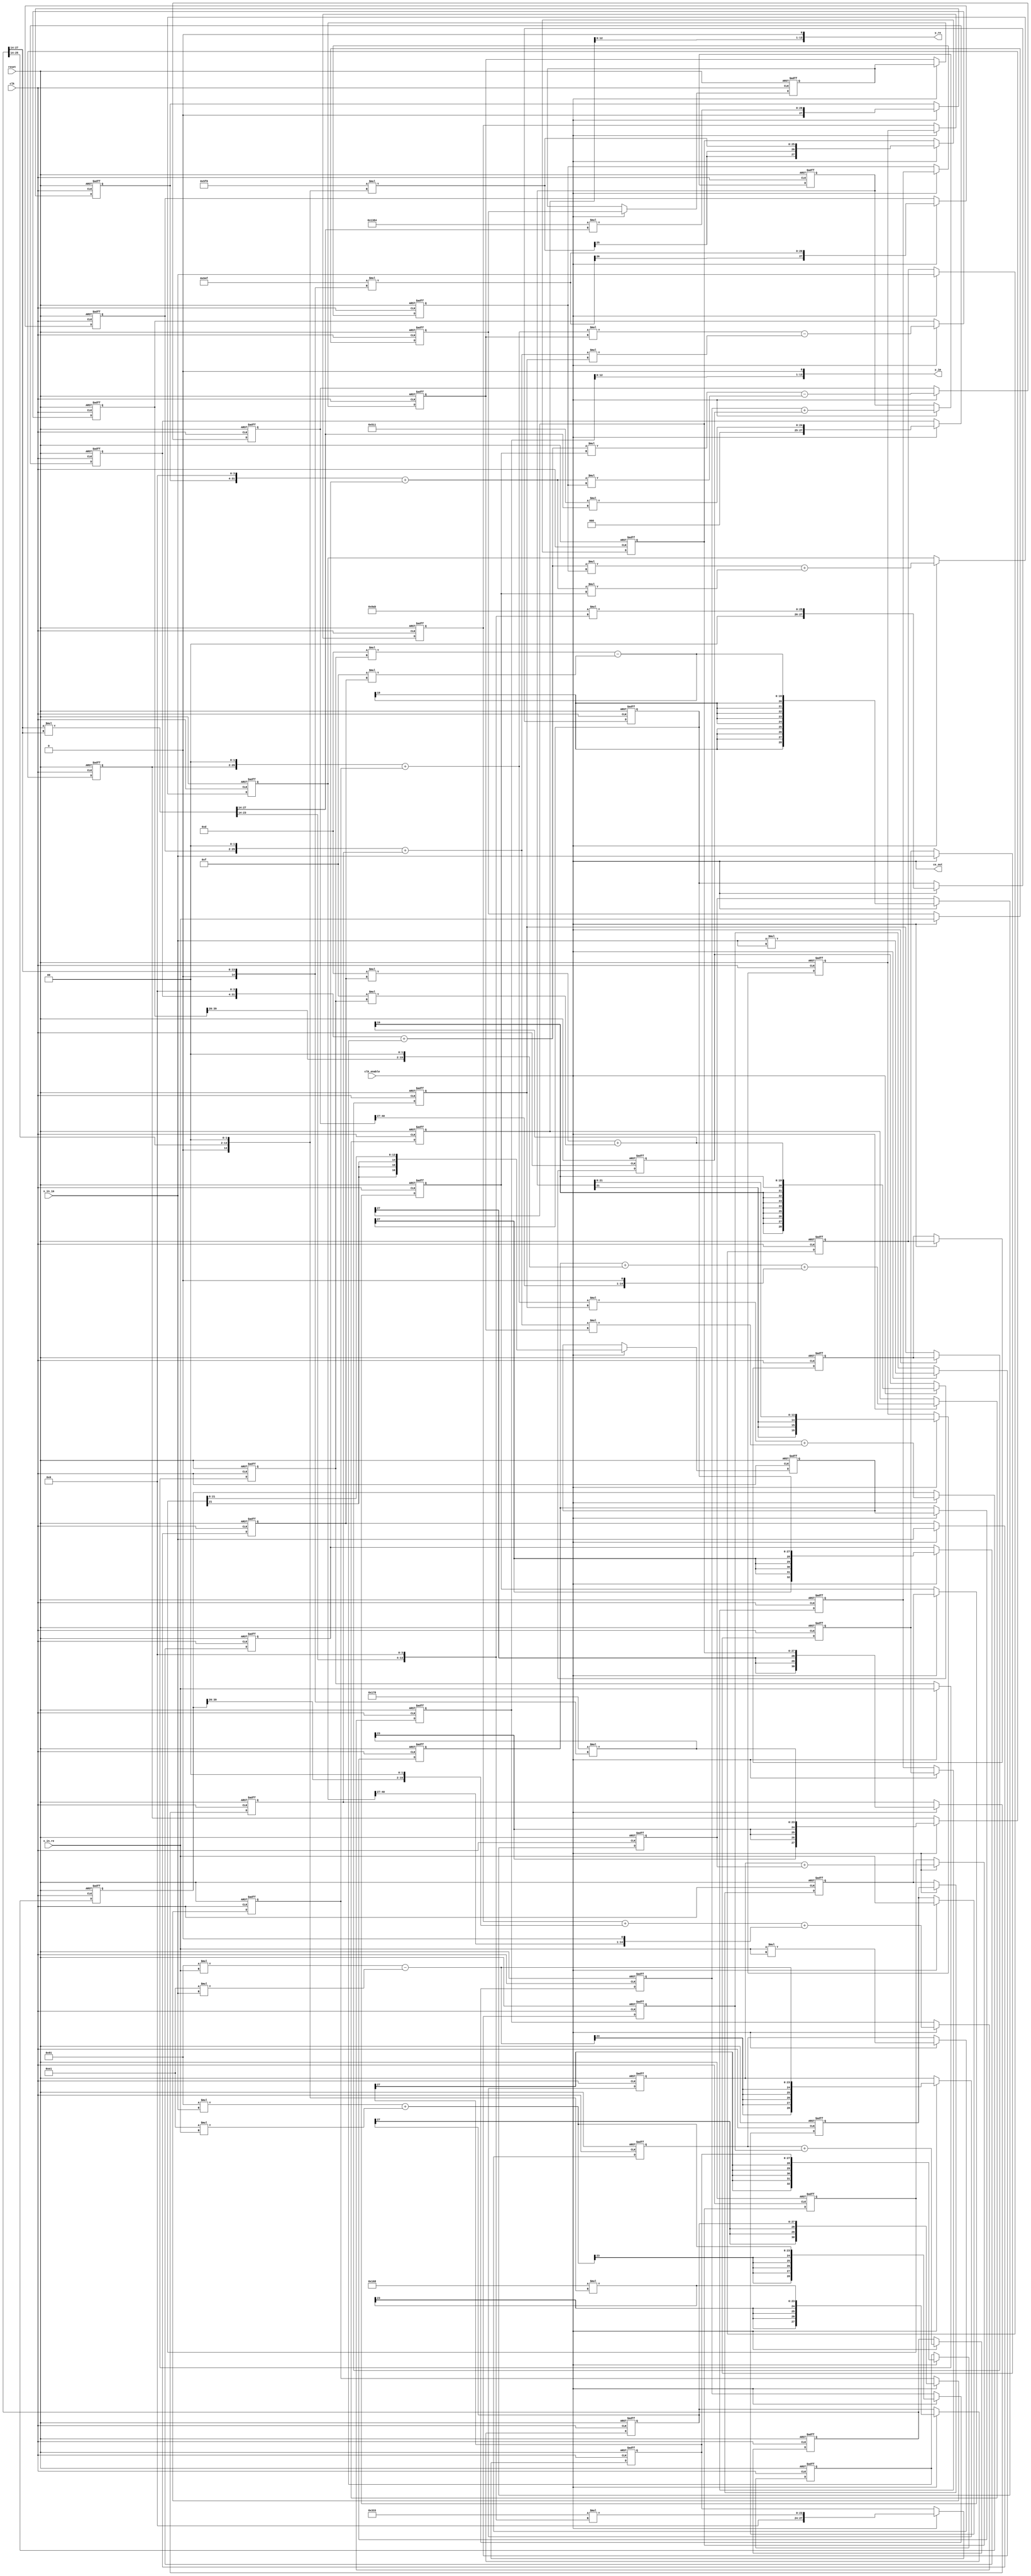
// -------------------------------------------------------------
// 
// 
// Generated by MATLAB 23.2, MATLAB Coder 23.2 and HDL Coder 23.2
// 
// 
// 
// -- -------------------------------------------------------------
// -- Rate and Clocking Details
// -- -------------------------------------------------------------
// Design base rate: 1
// 
// 
// Clock Enable  Sample Time
// -- -------------------------------------------------------------
// ce_out        1
// -- -------------------------------------------------------------
// 
// 
// Output Signal                 Clock Enable  Sample Time
// -- -------------------------------------------------------------
// y_re                          ce_out        1
// y_im                          ce_out        1
// -- -------------------------------------------------------------
// 
// -------------------------------------------------------------


// -------------------------------------------------------------
// 
// Module: Horner_memory_opt_fixpt
// Source Path: Horner_memory_opt_fixpt
// Hierarchy Level: 0
// 
// -------------------------------------------------------------

`timescale 1 ns / 1 ns

module Horner_memory_opt
          (clk,
           reset,
           clk_enable,
           x_in_re,
           x_in_im,
           ce_out,
           y_re,
           y_im);


  input   clk;
  input   reset;
  input   clk_enable;
  input   signed [13:0] x_in_re;  // sfix14_En14
  input   signed [13:0] x_in_im;  // sfix14_En14
  output  ce_out;
  output  signed [13:0] y_re;  // sfix14_En11
  output  signed [13:0] y_im;  // sfix14_En11


  wire enb;
  wire signed [13:0] br;  // sfix14_En14
  wire signed [13:0] bi;  // sfix14_En14
  wire signed [27:0] pr1;  // sfix28_En18
  wire signed [28:0] pr1in;  // sfix29_En18
  wire signed [27:0] pr2;  // sfix28_En18
  wire signed [28:0] pr2in;  // sfix29_En18
  wire signed [28:0] pre;  // sfix29_En18
  wire signed [27:0] pi1;  // sfix28_En18
  wire signed [28:0] pi1in;  // sfix29_En18
  wire signed [27:0] pi2;  // sfix28_En18
  wire signed [28:0] pi2in;  // sfix29_En18
  wire signed [28:0] pim;  // sfix29_En18
  wire signed [28:0] tmp_re;  // sfix29_En18
  wire signed [28:0] tmp_im;  // sfix29_En18
  reg signed [28:0] tmp_re_1;  // sfix29_En18
  reg signed [28:0] tmp_im_1;  // sfix29_En18
  wire signed [29:0] tmp_re_2;  // sfix30_En18
  wire signed [29:0] tmp_im_2;  // sfix30_En18
  reg signed [13:0] in2_re;  // sfix14_En14
  reg signed [13:0] in2_im;  // sfix14_En14
  wire signed [13:0] br_1;  // sfix14_En14
  wire signed [13:0] bi_1;  // sfix14_En14
  wire signed [27:0] pr1_1;  // sfix28_En18
  wire signed [28:0] pr1in_1;  // sfix29_En18
  wire signed [27:0] pr2_1;  // sfix28_En18
  wire signed [28:0] pr2in_1;  // sfix29_En18
  wire signed [28:0] pre_1;  // sfix29_En18
  wire signed [27:0] pi1_1;  // sfix28_En18
  wire signed [28:0] pi1in_1;  // sfix29_En18
  wire signed [27:0] pi2_1;  // sfix28_En18
  wire signed [28:0] pi2in_1;  // sfix29_En18
  wire signed [28:0] pim_1;  // sfix29_En18
  wire signed [28:0] tmp_re_3;  // sfix29_En18
  wire signed [28:0] tmp_im_3;  // sfix29_En18
  reg signed [28:0] tmp_re_4;  // sfix29_En18
  reg signed [28:0] tmp_im_4;  // sfix29_En18
  wire signed [29:0] tmp_re_5;  // sfix30_En18
  wire signed [29:0] tmp_im_5;  // sfix30_En18
  wire signed [29:0] tmp_re_6;  // sfix30_En18
  wire signed [29:0] tmp_im_6;  // sfix30_En18
  reg signed [29:0] tmp_re_7;  // sfix30_En18
  reg signed [29:0] tmp_im_7;  // sfix30_En18
  wire signed [13:0] tmp_re_8;  // sfix14_En10
  wire signed [13:0] tmp_im_8;  // sfix14_En10
  wire signed [16:0] tmp_re_9;  // sfix17_En10
  wire signed [16:0] tmp_im_9;  // sfix17_En10
  reg signed [16:0] delayMatch_reg_re [0:1];  // sfix17_En10 [2]
  reg signed [16:0] delayMatch_reg_im [0:1];  // sfix17_En10 [2]
  wire signed [16:0] delayMatch_reg_next_re [0:1];  // sfix17_En10 [2]
  wire signed [16:0] delayMatch_reg_next_im [0:1];  // sfix17_En10 [2]
  wire signed [16:0] tmp_re_10;  // sfix17_En10
  wire signed [16:0] tmp_im_10;  // sfix17_En10
  wire signed [13:0] a;  // sfix14_En14
  wire signed [27:0] tmp;  // sfix28_En28
  wire signed [13:0] a_1;  // sfix14_En14
  wire signed [27:0] tmp_1;  // sfix28_En28
  reg signed [27:0] tmp_2;  // sfix28_En28
  wire signed [28:0] tmp_3;  // sfix29_En28
  reg signed [27:0] tmp_4;  // sfix28_En28
  wire signed [28:0] tmp_5;  // sfix29_En28
  wire signed [28:0] tmp_6;  // sfix29_En28
  reg signed [28:0] tmp_7;  // sfix29_En28
  wire [13:0] tmp_8;  // ufix14_En14
  wire signed [27:0] cr;  // sfix28_En18
  wire signed [14:0] p130cr_cast;  // sfix15_En14
  wire signed [28:0] p130cr_mul_temp;  // sfix29_En18
  wire signed [27:0] ci;  // sfix28_En18
  wire signed [14:0] p131ci_cast;  // sfix15_En14
  wire signed [28:0] p131ci_mul_temp;  // sfix29_En18
  wire signed [27:0] tmp_re_11;  // sfix28_En18
  wire signed [27:0] tmp_im_11;  // sfix28_En18
  reg signed [27:0] tmp_re_12;  // sfix28_En18
  reg signed [27:0] tmp_im_12;  // sfix28_En18
  wire signed [30:0] tmp_re_13;  // sfix31_En20
  wire signed [30:0] tmp_im_13;  // sfix31_En20
  wire [13:0] pa2;  // ufix14_En16
  wire signed [27:0] cr_1;  // sfix28_En20
  wire signed [14:0] p133cr_cast;  // sfix15_En16
  wire signed [28:0] p133cr_mul_temp;  // sfix29_En20
  wire signed [27:0] ci_1;  // sfix28_En20
  wire signed [14:0] p135ci_cast;  // sfix15_En16
  wire signed [28:0] p135ci_mul_temp;  // sfix29_En20
  wire signed [27:0] tmp_re_14;  // sfix28_En20
  wire signed [27:0] tmp_im_14;  // sfix28_En20
  reg signed [27:0] tmp_re_15;  // sfix28_En20
  reg signed [27:0] tmp_im_15;  // sfix28_En20
  wire signed [30:0] tmp_re_16;  // sfix31_En20
  wire signed [30:0] tmp_im_16;  // sfix31_En20
  reg signed [30:0] tmp_re_17;  // sfix31_En20
  reg signed [30:0] tmp_im_17;  // sfix31_En20
  wire signed [30:0] tmp_re_18;  // sfix31_En20
  wire signed [30:0] tmp_im_18;  // sfix31_En20
  wire signed [30:0] ar;  // sfix31_En20
  wire signed [13:0] br_2;  // sfix14_En14
  reg signed [13:0] reduced_reg [0:2];  // sfix14 [3]
  reg signed [13:0] reduced_reg_next [0:2];  // sfix14_En14 [3]
  reg signed [13:0] br_3;  // sfix14_En14
  wire signed [30:0] ai;  // sfix31_En20
  wire signed [13:0] bi_2;  // sfix14_En14
  reg signed [13:0] reduced_reg_1 [0:2];  // sfix14 [3]
  reg signed [13:0] reduced_reg_next_1 [0:2];  // sfix14_En14 [3]
  reg signed [13:0] bi_3;  // sfix14_En14
  wire signed [44:0] pr1_2;  // sfix45_En34
  wire signed [45:0] pr1in_2;  // sfix46_En34
  wire signed [44:0] pr2_2;  // sfix45_En34
  wire signed [45:0] pr2in_2;  // sfix46_En34
  wire signed [45:0] pre_2;  // sfix46_En34
  wire signed [44:0] pi1_2;  // sfix45_En34
  wire signed [45:0] pi1in_2;  // sfix46_En34
  wire signed [44:0] pi2_2;  // sfix45_En34
  wire signed [45:0] pi2in_2;  // sfix46_En34
  wire signed [45:0] pim_2;  // sfix46_En34
  wire signed [45:0] tmp_re_19;  // sfix46_En34
  wire signed [45:0] tmp_im_19;  // sfix46_En34
  reg signed [45:0] tmp_re_20;  // sfix46_En34
  reg signed [45:0] tmp_im_20;  // sfix46_En34
  wire signed [13:0] tmp_re_21;  // sfix14_En8
  wire signed [13:0] tmp_im_21;  // sfix14_En8
  wire signed [16:0] tmp_re_22;  // sfix17_En10
  wire signed [16:0] tmp_im_22;  // sfix17_En10
  wire signed [16:0] tmp_re_23;  // sfix17_En10
  wire signed [16:0] tmp_im_23;  // sfix17_En10
  wire signed [17:0] tmp_re_24;  // sfix18_En10
  wire signed [17:0] tmp_im_24;  // sfix18_En10
  wire [27:0] tmp_9;  // ufix28_En28
  wire [13:0] tmp_10;  // ufix14_En14
  wire signed [27:0] cr_2;  // sfix28_En18
  wire signed [14:0] p146cr_cast;  // sfix15_En14
  wire signed [28:0] p146cr_mul_temp;  // sfix29_En18
  wire signed [27:0] ci_2;  // sfix28_En18
  wire signed [14:0] p147ci_cast;  // sfix15_En14
  wire signed [28:0] p147ci_mul_temp;  // sfix29_En18
  wire signed [27:0] tmp_re_25;  // sfix28_En18
  wire signed [27:0] tmp_im_25;  // sfix28_En18
  reg signed [27:0] tmp_re_26;  // sfix28_En18
  reg signed [27:0] tmp_im_26;  // sfix28_En18
  wire signed [32:0] tmp_re_27;  // sfix33_En22
  wire signed [32:0] tmp_im_27;  // sfix33_En22
  wire [13:0] pb2;  // ufix14_En18
  wire signed [27:0] cr_3;  // sfix28_En22
  wire signed [14:0] p149cr_cast;  // sfix15_En18
  wire signed [28:0] p149cr_mul_temp;  // sfix29_En22
  wire signed [27:0] ci_3;  // sfix28_En22
  wire signed [14:0] p151ci_cast;  // sfix15_En18
  wire signed [28:0] p151ci_mul_temp;  // sfix29_En22
  wire signed [27:0] tmp_re_28;  // sfix28_En22
  wire signed [27:0] tmp_im_28;  // sfix28_En22
  reg signed [27:0] tmp_re_29;  // sfix28_En22
  reg signed [27:0] tmp_im_29;  // sfix28_En22
  wire signed [32:0] tmp_re_30;  // sfix33_En22
  wire signed [32:0] tmp_im_30;  // sfix33_En22
  reg signed [32:0] tmp_re_31;  // sfix33_En22
  reg signed [32:0] tmp_im_31;  // sfix33_En22
  wire signed [32:0] tmp_re_32;  // sfix33_En22
  wire signed [32:0] tmp_im_32;  // sfix33_En22
  wire signed [32:0] ar_1;  // sfix33_En22
  wire signed [13:0] br_4;  // sfix14_En14
  reg signed [13:0] reduced_reg_2 [0:2];  // sfix14 [3]
  reg signed [13:0] reduced_reg_next_2 [0:2];  // sfix14_En14 [3]
  reg signed [13:0] br_5;  // sfix14_En14
  wire signed [32:0] ai_1;  // sfix33_En22
  wire signed [13:0] bi_4;  // sfix14_En14
  reg signed [13:0] reduced_reg_3 [0:2];  // sfix14 [3]
  reg signed [13:0] reduced_reg_next_3 [0:2];  // sfix14_En14 [3]
  reg signed [13:0] bi_5;  // sfix14_En14
  wire signed [46:0] pr1_3;  // sfix47_En36
  wire signed [47:0] pr1in_3;  // sfix48_En36
  wire signed [46:0] pr2_3;  // sfix47_En36
  wire signed [47:0] pr2in_3;  // sfix48_En36
  wire signed [47:0] pre_3;  // sfix48_En36
  wire signed [46:0] pi1_3;  // sfix47_En36
  wire signed [47:0] pi1in_3;  // sfix48_En36
  wire signed [46:0] pi2_3;  // sfix47_En36
  wire signed [47:0] pi2in_3;  // sfix48_En36
  wire signed [47:0] pim_3;  // sfix48_En36
  wire signed [47:0] tmp_re_33;  // sfix48_En36
  wire signed [47:0] tmp_im_33;  // sfix48_En36
  reg signed [47:0] tmp_re_34;  // sfix48_En36
  reg signed [47:0] tmp_im_34;  // sfix48_En36
  wire signed [13:0] tmp_re_35;  // sfix14_En9
  wire signed [13:0] tmp_im_35;  // sfix14_En9
  wire signed [17:0] tmp_re_36;  // sfix18_En10
  wire signed [17:0] tmp_im_36;  // sfix18_En10
  wire signed [17:0] tmp_re_37;  // sfix18_En10
  wire signed [17:0] tmp_im_37;  // sfix18_En10
  reg signed [17:0] tmp_re_38;  // sfix18_En10
  reg signed [17:0] tmp_im_38;  // sfix18_En10
  reg signed [31:0] delayMatch_t_0_0;  // int32
  reg signed [31:0] reduced_t_0_0;  // int32
  reg signed [31:0] reduced_t_0_1;  // int32
  reg signed [31:0] reduced_t_0_01;  // int32
  reg signed [31:0] reduced_t_0_02;  // int32
  reg signed [31:0] reduced_t_0_1_1;  // int32
  reg signed [31:0] reduced_t_0_03;  // int32
  reg signed [31:0] reduced_t_0_1_2;  // int32


  // memory polynomial
  assign br = x_in_re;



  assign bi = x_in_im;



  assign pr1 = 14'sb11111110010001 * br;



  assign pr1in = {pr1[27], pr1};



  assign pr2 = 14'sb00000011100001 * bi;



  assign pr2in = {pr2[27], pr2};



  assign pre = pr1in - pr2in;



  assign pi1 = 14'sb11111110010001 * bi;



  assign pi1in = {pi1[27], pi1};



  assign pi2 = 14'sb00000011100001 * br;



  assign pi2in = {pi2[27], pi2};



  assign pim = pi1in + pi2in;



  assign tmp_re = pre;
  assign tmp_im = pim;



  assign enb = clk_enable;

  always @(posedge clk or posedge reset)
    begin : buff_out_pipe_process
      if (reset == 1'b1) begin
        tmp_re_1 <= 29'sb00000000000000000000000000000;
        tmp_im_1 <= 29'sb00000000000000000000000000000;
      end
      else begin
        if (enb) begin
          tmp_re_1 <= tmp_re;
          tmp_im_1 <= tmp_im;
        end
      end
    end



  assign tmp_re_2 = {tmp_re_1[28], tmp_re_1};
  assign tmp_im_2 = {tmp_im_1[28], tmp_im_1};



  always @(posedge clk or posedge reset)
    begin : in2_reg_process
      if (reset == 1'b1) begin
        in2_re <= 14'sb00000000000000;
        in2_im <= 14'sb00000000000000;
      end
      else begin
        if (enb) begin
          in2_re <= x_in_re;
          in2_im <= x_in_im;
        end
      end
    end



  assign br_1 = in2_re;



  assign bi_1 = in2_im;



  assign pr1_1 = 14'sb00000000001101 * br_1;



  assign pr1in_1 = {pr1_1[27], pr1_1};



  assign pr2_1 = 14'sb00000000001111 * bi_1;



  assign pr2in_1 = {pr2_1[27], pr2_1};



  assign pre_1 = pr1in_1 - pr2in_1;



  assign pi1_1 = 14'sb00000000001101 * bi_1;



  assign pi1in_1 = {pi1_1[27], pi1_1};



  assign pi2_1 = 14'sb00000000001111 * br_1;



  assign pi2in_1 = {pi2_1[27], pi2_1};



  assign pim_1 = pi1in_1 + pi2in_1;



  assign tmp_re_3 = pre_1;
  assign tmp_im_3 = pim_1;



  always @(posedge clk or posedge reset)
    begin : buff_out_pipe_1_process
      if (reset == 1'b1) begin
        tmp_re_4 <= 29'sb00000000000000000000000000000;
        tmp_im_4 <= 29'sb00000000000000000000000000000;
      end
      else begin
        if (enb) begin
          tmp_re_4 <= tmp_re_3;
          tmp_im_4 <= tmp_im_3;
        end
      end
    end



  assign tmp_re_5 = {tmp_re_4[28], tmp_re_4};
  assign tmp_im_5 = {tmp_im_4[28], tmp_im_4};



  assign tmp_re_6 = tmp_re_2 + tmp_re_5;
  assign tmp_im_6 = tmp_im_2 + tmp_im_5;



  always @(posedge clk or posedge reset)
    begin : buff_out_pipe_2_process
      if (reset == 1'b1) begin
        tmp_re_7 <= 30'sb000000000000000000000000000000;
        tmp_im_7 <= 30'sb000000000000000000000000000000;
      end
      else begin
        if (enb) begin
          tmp_re_7 <= tmp_re_6;
          tmp_im_7 <= tmp_im_6;
        end
      end
    end



  assign tmp_re_8 = tmp_re_7[21:8];
  assign tmp_im_8 = tmp_im_7[21:8];



  // output
  assign tmp_re_9 = {{3{tmp_re_8[13]}}, tmp_re_8};
  assign tmp_im_9 = {{3{tmp_im_8[13]}}, tmp_im_8};



  always @(posedge clk or posedge reset)
    begin : delayMatch_process
      if (reset == 1'b1) begin
        delayMatch_reg_re[0] <= 17'sb00000000000000000;
        delayMatch_reg_im[0] <= 17'sb00000000000000000;
        delayMatch_reg_re[1] <= 17'sb00000000000000000;
        delayMatch_reg_im[1] <= 17'sb00000000000000000;
      end
      else begin
        if (enb) begin
          for(delayMatch_t_0_0 = 32'sd0; delayMatch_t_0_0 <= 32'sd1; delayMatch_t_0_0 = delayMatch_t_0_0 + 32'sd1) begin
            delayMatch_reg_re[delayMatch_t_0_0] <= delayMatch_reg_next_re[delayMatch_t_0_0];
            delayMatch_reg_im[delayMatch_t_0_0] <= delayMatch_reg_next_im[delayMatch_t_0_0];
          end
        end
      end
    end

  assign tmp_re_10 = delayMatch_reg_re[1];
  assign tmp_im_10 = delayMatch_reg_im[1];
  assign delayMatch_reg_next_re[0] = tmp_re_9;
  assign delayMatch_reg_next_im[0] = tmp_im_9;
  assign delayMatch_reg_next_re[1] = delayMatch_reg_re[0];
  assign delayMatch_reg_next_im[1] = delayMatch_reg_im[0];



  // HDL code generation from MATLAB function: Horner_memory_opt_fixpt
  // %%%%%%%%%%%%%%%%%%%%%%%%%%%%%%%%%%%%%%%%%%%%%%%%%%%%%%%%%%%%%%%%%%%%%%%%%%%
  //                                                                          %
  //          Generated by MATLAB 23.2 and Fixed-Point Designer 23.2          %
  //                                                                          %
  // %%%%%%%%%%%%%%%%%%%%%%%%%%%%%%%%%%%%%%%%%%%%%%%%%%%%%%%%%%%%%%%%%%%%%%%%%%%
  // Memory Polynomial Model
  // x_in: Input signal array of length N
  // coefficients: KxM matrix of coefficients
  // M: Memory depth
  // K: Non-linearity order
  // 
  // coefficient matrix
  // 
  // persistent mk1 mk2 mk3 for delay
  // module
  assign a = x_in_re;



  assign tmp = a * a;



  assign a_1 = x_in_im;



  assign tmp_1 = a_1 * a_1;



  always @(posedge clk or posedge reset)
    begin : p108tmp_outbuff_out_pipe_process
      if (reset == 1'b1) begin
        tmp_2 <= 28'sb0000000000000000000000000000;
      end
      else begin
        if (enb) begin
          tmp_2 <= tmp;
        end
      end
    end



  assign tmp_3 = {tmp_2[27], tmp_2};



  always @(posedge clk or posedge reset)
    begin : p109tmp_outbuff_out_pipe_process
      if (reset == 1'b1) begin
        tmp_4 <= 28'sb0000000000000000000000000000;
      end
      else begin
        if (enb) begin
          tmp_4 <= tmp_1;
        end
      end
    end



  assign tmp_5 = {tmp_4[27], tmp_4};



  assign tmp_6 = tmp_3 + tmp_5;



  always @(posedge clk or posedge reset)
    begin : buff_out_pipe_3_process
      if (reset == 1'b1) begin
        tmp_7 <= 29'sb00000000000000000000000000000;
      end
      else begin
        if (enb) begin
          tmp_7 <= tmp_6;
        end
      end
    end



  assign tmp_8 = tmp_7[27:14];



  assign p130cr_cast = {1'b0, tmp_8};
  assign p130cr_mul_temp = 14'sb11111101111000 * p130cr_cast;
  assign cr = p130cr_mul_temp[27:0];



  assign p131ci_cast = {1'b0, tmp_8};
  assign p131ci_mul_temp = 14'sb11100101001111 * p131ci_cast;
  assign ci = p131ci_mul_temp[27:0];



  assign tmp_re_11 = cr;
  assign tmp_im_11 = ci;



  always @(posedge clk or posedge reset)
    begin : buff_out_pipe_4_process
      if (reset == 1'b1) begin
        tmp_re_12 <= 28'sb0000000000000000000000000000;
        tmp_im_12 <= 28'sb0000000000000000000000000000;
      end
      else begin
        if (enb) begin
          tmp_re_12 <= tmp_re_11;
          tmp_im_12 <= tmp_im_11;
        end
      end
    end



  assign tmp_re_13 = {tmp_re_12[27], {tmp_re_12, 2'b00}};
  assign tmp_im_13 = {tmp_im_12[27], {tmp_im_12, 2'b00}};



  // update inpout reg
  // update persistent; M = 2, no need to use persistent for px2 and in2
  assign pa2 = {tmp_8[11:0], 2'b00};



  assign p133cr_cast = {1'b0, pa2};
  assign p133cr_mul_temp = 14'sb11111101101000 * p133cr_cast;
  assign cr_1 = p133cr_mul_temp[27:0];



  assign p135ci_cast = {1'b0, pa2};
  assign p135ci_mul_temp = 14'sb11110111111000 * p135ci_cast;
  assign ci_1 = p135ci_mul_temp[27:0];



  assign tmp_re_14 = cr_1;
  assign tmp_im_14 = ci_1;



  always @(posedge clk or posedge reset)
    begin : buff_out_pipe_5_process
      if (reset == 1'b1) begin
        tmp_re_15 <= 28'sb0000000000000000000000000000;
        tmp_im_15 <= 28'sb0000000000000000000000000000;
      end
      else begin
        if (enb) begin
          tmp_re_15 <= tmp_re_14;
          tmp_im_15 <= tmp_im_14;
        end
      end
    end



  assign tmp_re_16 = {{3{tmp_re_15[27]}}, tmp_re_15};
  assign tmp_im_16 = {{3{tmp_im_15[27]}}, tmp_im_15};



  always @(posedge clk or posedge reset)
    begin : delayMatch_1_process
      if (reset == 1'b1) begin
        tmp_re_17 <= 31'sb0000000000000000000000000000000;
        tmp_im_17 <= 31'sb0000000000000000000000000000000;
      end
      else begin
        if (enb) begin
          tmp_re_17 <= tmp_re_16;
          tmp_im_17 <= tmp_im_16;
        end
      end
    end



  assign tmp_re_18 = tmp_re_13 + tmp_re_17;
  assign tmp_im_18 = tmp_im_13 + tmp_im_17;



  assign ar = tmp_re_18;



  assign br_2 = x_in_re;



  always @(posedge clk or posedge reset)
    begin : reduced_process
      if (reset == 1'b1) begin
        reduced_reg[0] <= 14'sb00000000000000;
        reduced_reg[1] <= 14'sb00000000000000;
        reduced_reg[2] <= 14'sb00000000000000;
      end
      else begin
        if (enb) begin
          for(reduced_t_0_1 = 32'sd0; reduced_t_0_1 <= 32'sd2; reduced_t_0_1 = reduced_t_0_1 + 32'sd1) begin
            reduced_reg[reduced_t_0_1] <= reduced_reg_next[reduced_t_0_1];
          end
        end
      end
    end

  always @* begin
    br_3 = reduced_reg[2];
    reduced_reg_next[0] = br_2;

    for(reduced_t_0_0 = 32'sd0; reduced_t_0_0 <= 32'sd1; reduced_t_0_0 = reduced_t_0_0 + 32'sd1) begin
      reduced_reg_next[reduced_t_0_0 + 32'sd1] = reduced_reg[reduced_t_0_0];
    end

  end



  assign ai = tmp_im_18;



  assign bi_2 = x_in_im;



  always @(posedge clk or posedge reset)
    begin : reduced_1_process
      if (reset == 1'b1) begin
        reduced_reg_1[0] <= 14'sb00000000000000;
        reduced_reg_1[1] <= 14'sb00000000000000;
        reduced_reg_1[2] <= 14'sb00000000000000;
      end
      else begin
        if (enb) begin
          for(reduced_t_0_1 = 32'sd0; reduced_t_0_1 <= 32'sd2; reduced_t_0_1 = reduced_t_0_1 + 32'sd1) begin
            reduced_reg_1[reduced_t_0_1] <= reduced_reg_next_1[reduced_t_0_1];
          end
        end
      end
    end

  always @* begin
    bi_3 = reduced_reg_1[2];
    reduced_reg_next_1[0] = bi_2;

    for(reduced_t_0_01 = 32'sd0; reduced_t_0_01 <= 32'sd1; reduced_t_0_01 = reduced_t_0_01 + 32'sd1) begin
      reduced_reg_next_1[reduced_t_0_01 + 32'sd1] = reduced_reg_1[reduced_t_0_01];
    end

  end



  assign pr1_2 = ar * br_3;



  assign pr1in_2 = {pr1_2[44], pr1_2};



  assign pr2_2 = ai * bi_3;



  assign pr2in_2 = {pr2_2[44], pr2_2};



  assign pre_2 = pr1in_2 - pr2in_2;



  assign pi1_2 = ar * bi_3;



  assign pi1in_2 = {pi1_2[44], pi1_2};



  assign pi2_2 = ai * br_3;



  assign pi2in_2 = {pi2_2[44], pi2_2};



  assign pim_2 = pi1in_2 + pi2in_2;



  assign tmp_re_19 = pre_2;
  assign tmp_im_19 = pim_2;



  always @(posedge clk or posedge reset)
    begin : buff_out_pipe_6_process
      if (reset == 1'b1) begin
        tmp_re_20 <= 46'sh000000000000;
        tmp_im_20 <= 46'sh000000000000;
      end
      else begin
        if (enb) begin
          tmp_re_20 <= tmp_re_19;
          tmp_im_20 <= tmp_im_19;
        end
      end
    end



  assign tmp_re_21 = tmp_re_20[39:26];
  assign tmp_im_21 = tmp_im_20[39:26];



  assign tmp_re_22 = {tmp_re_21[13], {tmp_re_21, 2'b00}};
  assign tmp_im_22 = {tmp_im_21[13], {tmp_im_21, 2'b00}};



  assign tmp_re_23 = tmp_re_10 + tmp_re_22;
  assign tmp_im_23 = tmp_im_10 + tmp_im_22;



  assign tmp_re_24 = {tmp_re_23[16], tmp_re_23};
  assign tmp_im_24 = {tmp_im_23[16], tmp_im_23};



  assign tmp_9 = tmp_8 * tmp_8;



  assign tmp_10 = tmp_9[27:14];



  assign p146cr_cast = {1'b0, tmp_10};
  assign p146cr_mul_temp = 14'sb00010100010001 * p146cr_cast;
  assign cr_2 = p146cr_mul_temp[27:0];



  assign p147ci_cast = {1'b0, tmp_10};
  assign p147ci_mul_temp = 14'sb01001110000100 * p147ci_cast;
  assign ci_2 = p147ci_mul_temp[27:0];



  assign tmp_re_25 = cr_2;
  assign tmp_im_25 = ci_2;



  always @(posedge clk or posedge reset)
    begin : buff_out_pipe_7_process
      if (reset == 1'b1) begin
        tmp_re_26 <= 28'sb0000000000000000000000000000;
        tmp_im_26 <= 28'sb0000000000000000000000000000;
      end
      else begin
        if (enb) begin
          tmp_re_26 <= tmp_re_25;
          tmp_im_26 <= tmp_im_25;
        end
      end
    end



  assign tmp_re_27 = {tmp_re_26[27], {tmp_re_26, 4'b0000}};
  assign tmp_im_27 = {tmp_im_26[27], {tmp_im_26, 4'b0000}};



  assign pb2 = {tmp_10[9:0], 4'b0000};



  assign p149cr_cast = {1'b0, pb2};
  assign p149cr_mul_temp = 14'sb00001100110011 * p149cr_cast;
  assign cr_3 = p149cr_mul_temp[27:0];



  assign p151ci_cast = {1'b0, pb2};
  assign p151ci_mul_temp = 14'sb00100010101011 * p151ci_cast;
  assign ci_3 = p151ci_mul_temp[27:0];



  assign tmp_re_28 = cr_3;
  assign tmp_im_28 = ci_3;



  always @(posedge clk or posedge reset)
    begin : buff_out_pipe_8_process
      if (reset == 1'b1) begin
        tmp_re_29 <= 28'sb0000000000000000000000000000;
        tmp_im_29 <= 28'sb0000000000000000000000000000;
      end
      else begin
        if (enb) begin
          tmp_re_29 <= tmp_re_28;
          tmp_im_29 <= tmp_im_28;
        end
      end
    end



  assign tmp_re_30 = {{5{tmp_re_29[27]}}, tmp_re_29};
  assign tmp_im_30 = {{5{tmp_im_29[27]}}, tmp_im_29};



  always @(posedge clk or posedge reset)
    begin : delayMatch_2_process
      if (reset == 1'b1) begin
        tmp_re_31 <= 33'sh000000000;
        tmp_im_31 <= 33'sh000000000;
      end
      else begin
        if (enb) begin
          tmp_re_31 <= tmp_re_30;
          tmp_im_31 <= tmp_im_30;
        end
      end
    end



  assign tmp_re_32 = tmp_re_27 + tmp_re_31;
  assign tmp_im_32 = tmp_im_27 + tmp_im_31;



  assign ar_1 = tmp_re_32;



  assign br_4 = x_in_re;



  always @(posedge clk or posedge reset)
    begin : reduced_2_process
      if (reset == 1'b1) begin
        reduced_reg_2[0] <= 14'sb00000000000000;
        reduced_reg_2[1] <= 14'sb00000000000000;
        reduced_reg_2[2] <= 14'sb00000000000000;
      end
      else begin
        if (enb) begin
          for(reduced_t_0_1_1 = 32'sd0; reduced_t_0_1_1 <= 32'sd2; reduced_t_0_1_1 = reduced_t_0_1_1 + 32'sd1) begin
            reduced_reg_2[reduced_t_0_1_1] <= reduced_reg_next_2[reduced_t_0_1_1];
          end
        end
      end
    end

  always @* begin
    br_5 = reduced_reg_2[2];
    reduced_reg_next_2[0] = br_4;

    for(reduced_t_0_02 = 32'sd0; reduced_t_0_02 <= 32'sd1; reduced_t_0_02 = reduced_t_0_02 + 32'sd1) begin
      reduced_reg_next_2[reduced_t_0_02 + 32'sd1] = reduced_reg_2[reduced_t_0_02];
    end

  end



  assign ai_1 = tmp_im_32;



  assign bi_4 = x_in_im;



  always @(posedge clk or posedge reset)
    begin : reduced_3_process
      if (reset == 1'b1) begin
        reduced_reg_3[0] <= 14'sb00000000000000;
        reduced_reg_3[1] <= 14'sb00000000000000;
        reduced_reg_3[2] <= 14'sb00000000000000;
      end
      else begin
        if (enb) begin
          for(reduced_t_0_1_2 = 32'sd0; reduced_t_0_1_2 <= 32'sd2; reduced_t_0_1_2 = reduced_t_0_1_2 + 32'sd1) begin
            reduced_reg_3[reduced_t_0_1_2] <= reduced_reg_next_3[reduced_t_0_1_2];
          end
        end
      end
    end

  always @* begin
    bi_5 = reduced_reg_3[2];
    reduced_reg_next_3[0] = bi_4;

    for(reduced_t_0_03 = 32'sd0; reduced_t_0_03 <= 32'sd1; reduced_t_0_03 = reduced_t_0_03 + 32'sd1) begin
      reduced_reg_next_3[reduced_t_0_03 + 32'sd1] = reduced_reg_3[reduced_t_0_03];
    end

  end



  assign pr1_3 = ar_1 * br_5;



  assign pr1in_3 = {pr1_3[46], pr1_3};



  assign pr2_3 = ai_1 * bi_5;



  assign pr2in_3 = {pr2_3[46], pr2_3};



  assign pre_3 = pr1in_3 - pr2in_3;



  assign pi1_3 = ar_1 * bi_5;



  assign pi1in_3 = {pi1_3[46], pi1_3};



  assign pi2_3 = ai_1 * br_5;



  assign pi2in_3 = {pi2_3[46], pi2_3};



  assign pim_3 = pi1in_3 + pi2in_3;



  assign tmp_re_33 = pre_3;
  assign tmp_im_33 = pim_3;



  always @(posedge clk or posedge reset)
    begin : buff_out_pipe_9_process
      if (reset == 1'b1) begin
        tmp_re_34 <= 48'sh000000000000;
        tmp_im_34 <= 48'sh000000000000;
      end
      else begin
        if (enb) begin
          tmp_re_34 <= tmp_re_33;
          tmp_im_34 <= tmp_im_33;
        end
      end
    end



  assign tmp_re_35 = tmp_re_34[40:27];
  assign tmp_im_35 = tmp_im_34[40:27];



  assign tmp_re_36 = {{3{tmp_re_35[13]}}, {tmp_re_35, 1'b0}};
  assign tmp_im_36 = {{3{tmp_im_35[13]}}, {tmp_im_35, 1'b0}};



  assign tmp_re_37 = tmp_re_24 + tmp_re_36;
  assign tmp_im_37 = tmp_im_24 + tmp_im_36;



  always @(posedge clk or posedge reset)
    begin : buff_out_pipe_10_process
      if (reset == 1'b1) begin
        tmp_re_38 <= 18'sb000000000000000000;
        tmp_im_38 <= 18'sb000000000000000000;
      end
      else begin
        if (enb) begin
          tmp_re_38 <= tmp_re_37;
          tmp_im_38 <= tmp_im_37;
        end
      end
    end



  assign y_re = {tmp_re_38[12:0], 1'b0};
  assign y_im = {tmp_im_38[12:0], 1'b0};



  assign ce_out = clk_enable;

endmodule  // Horner_memory_opt_fixpt